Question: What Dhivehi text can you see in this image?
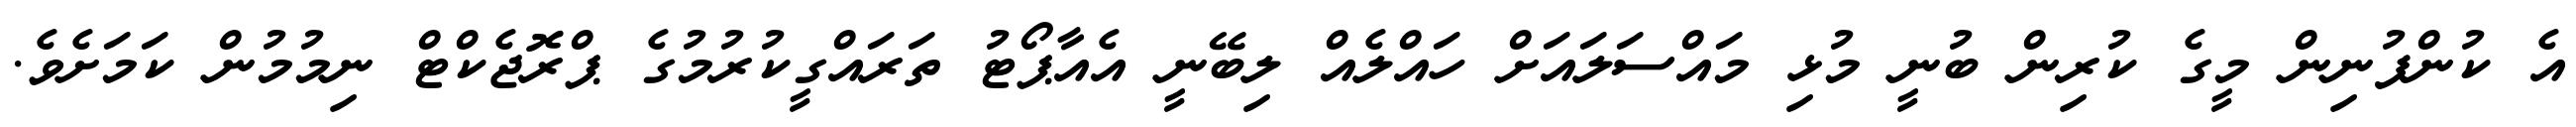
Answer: އެ ކުންފުނިން މީގެ ކުރިން ބުނީ މުޅި މައްސަލައަށް ހައްލެއް ލިބޭނީ އެއާޕޯޓު ތަރައްގީކުރުމުގެ ޕްރޮޖެކްޓް ނިމުމުން ކަމަށެވެ.